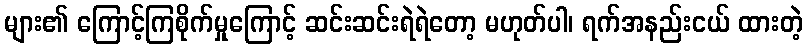
များ၏ ကြောင့်ကြစိုက်မှုကြောင့် ဆင်းဆင်းရဲရဲတော့ မဟုတ်ပါ၊ ရက်အနည်းငယ် ထားတဲ့